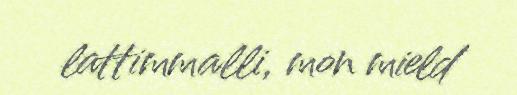
lattimmalli, mon mield